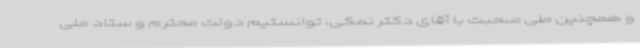
و همچنین طی صحبت با آقای دکتر نمکی، توانستیم دولت محترم و ستاد ملی